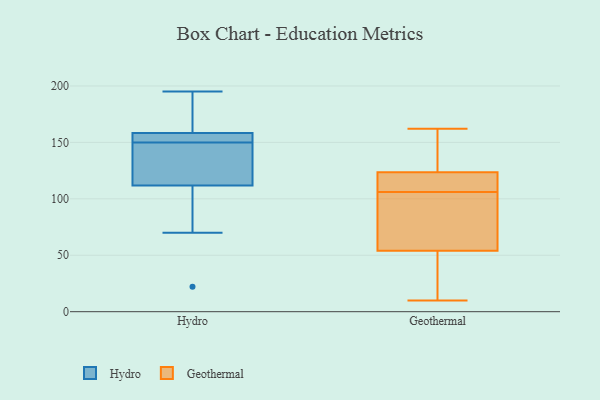
{"axis": {"x": "Customer Acquisition Cost (USD)", "y": "Value"}, "legend": ["Geothermal", "Hydro"], "data": [{"x": "", "y": 155, "type": "Hydro"}, {"x": "", "y": 157, "type": "Hydro"}, {"x": "", "y": 148, "type": "Hydro"}, {"x": "", "y": 162, "type": "Hydro"}, {"x": "", "y": 70, "type": "Hydro"}, {"x": "", "y": 81, "type": "Hydro"}, {"x": "", "y": 195, "type": "Hydro"}, {"x": "", "y": 157, "type": "Hydro"}, {"x": "", "y": 90, "type": "Hydro"}, {"x": "", "y": 190, "type": "Hydro"}, {"x": "", "y": 150, "type": "Hydro"}, {"x": "", "y": 128, "type": "Hydro"}, {"x": "", "y": 146, "type": "Hydro"}, {"x": "", "y": 188, "type": "Hydro"}, {"x": "", "y": 150, "type": "Hydro"}, {"x": "", "y": 119, "type": "Hydro"}, {"x": "", "y": 22, "type": "Hydro"}, {"x": "", "y": 109, "type": "Geothermal"}, {"x": "", "y": 162, "type": "Geothermal"}, {"x": "", "y": 128, "type": "Geothermal"}, {"x": "", "y": 106, "type": "Geothermal"}, {"x": "", "y": 110, "type": "Geothermal"}, {"x": "", "y": 140, "type": "Geothermal"}, {"x": "", "y": 10, "type": "Geothermal"}, {"x": "", "y": 45, "type": "Geothermal"}, {"x": "", "y": 57, "type": "Geothermal"}, {"x": "", "y": 53, "type": "Geothermal"}, {"x": "", "y": 83, "type": "Geothermal"}]}